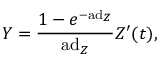
Y = { \frac { 1 - e ^ { - \mathrm { a d } _ { Z } } } { \mathrm { a d } _ { Z } } } Z ^ { \prime } ( t ) ,